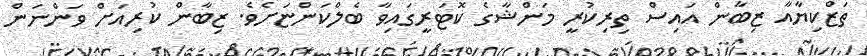
ތަޒްކިޔާއާ ޒިބާން އައިސް ތިރިކުރީ މަންޝާގެ ކޮޓަރީގައިވާ ބެލްކަންޏަށެވެ. ޒިބާން ކުރިއަށް ވަންނަން